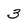
Character: 3